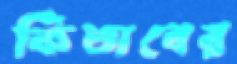
কিতাবের